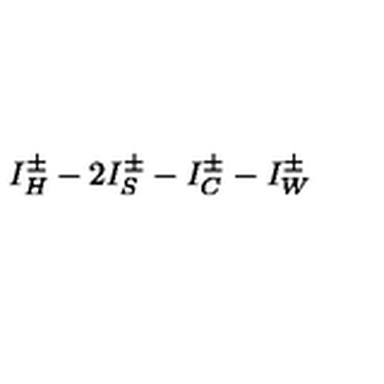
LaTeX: I _ { H } ^ { \pm } - 2 I _ { S } ^ { \pm } - I _ { C } ^ { \pm } - I _ { W } ^ { \pm }